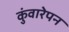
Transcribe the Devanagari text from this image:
कुंवारेपन